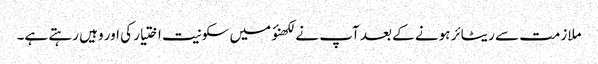
ملازمت سے ریٹائر ہونے کے بعد آپ نے لکھنؤ میں سکونیت اختیار کی اور وہیں رہتے ہے۔